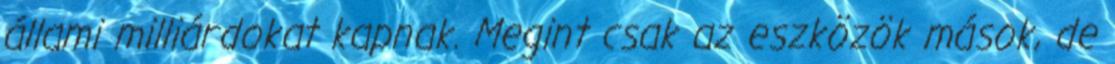
állami milliárdokat kapnak. Megint csak az eszközök mások, de